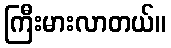
ကြီးမားလာတယ်။